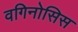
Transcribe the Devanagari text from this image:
वगिनोसिस